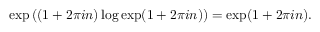
\exp \left( ( 1 + 2 \pi i n ) \log \exp ( 1 + 2 \pi i n ) \right) = \exp ( 1 + 2 \pi i n ) .